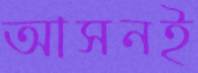
আসনই